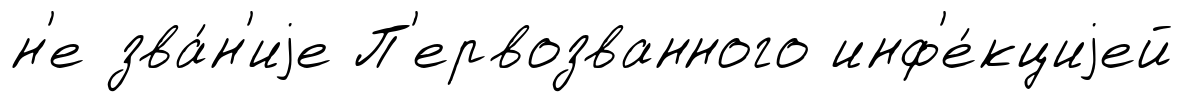
н'е зва́н'иjе П'ервозванного инф'е́кциjей